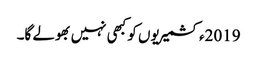
2019ءکشمیریوں کو کبھی نہیں بھولے گا۔